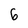
Character: 6